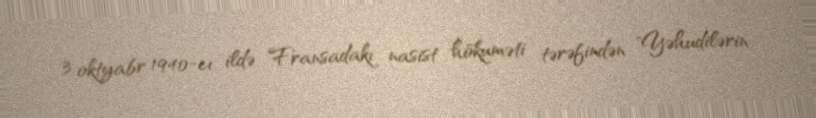
3 oktyabr 1940-cı ildə Fransadakı nasist hökuməti tərəfindən "Yəhudilərin